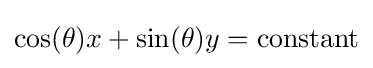
\cos(\theta )x+\sin(\theta )y={\text{constant}}